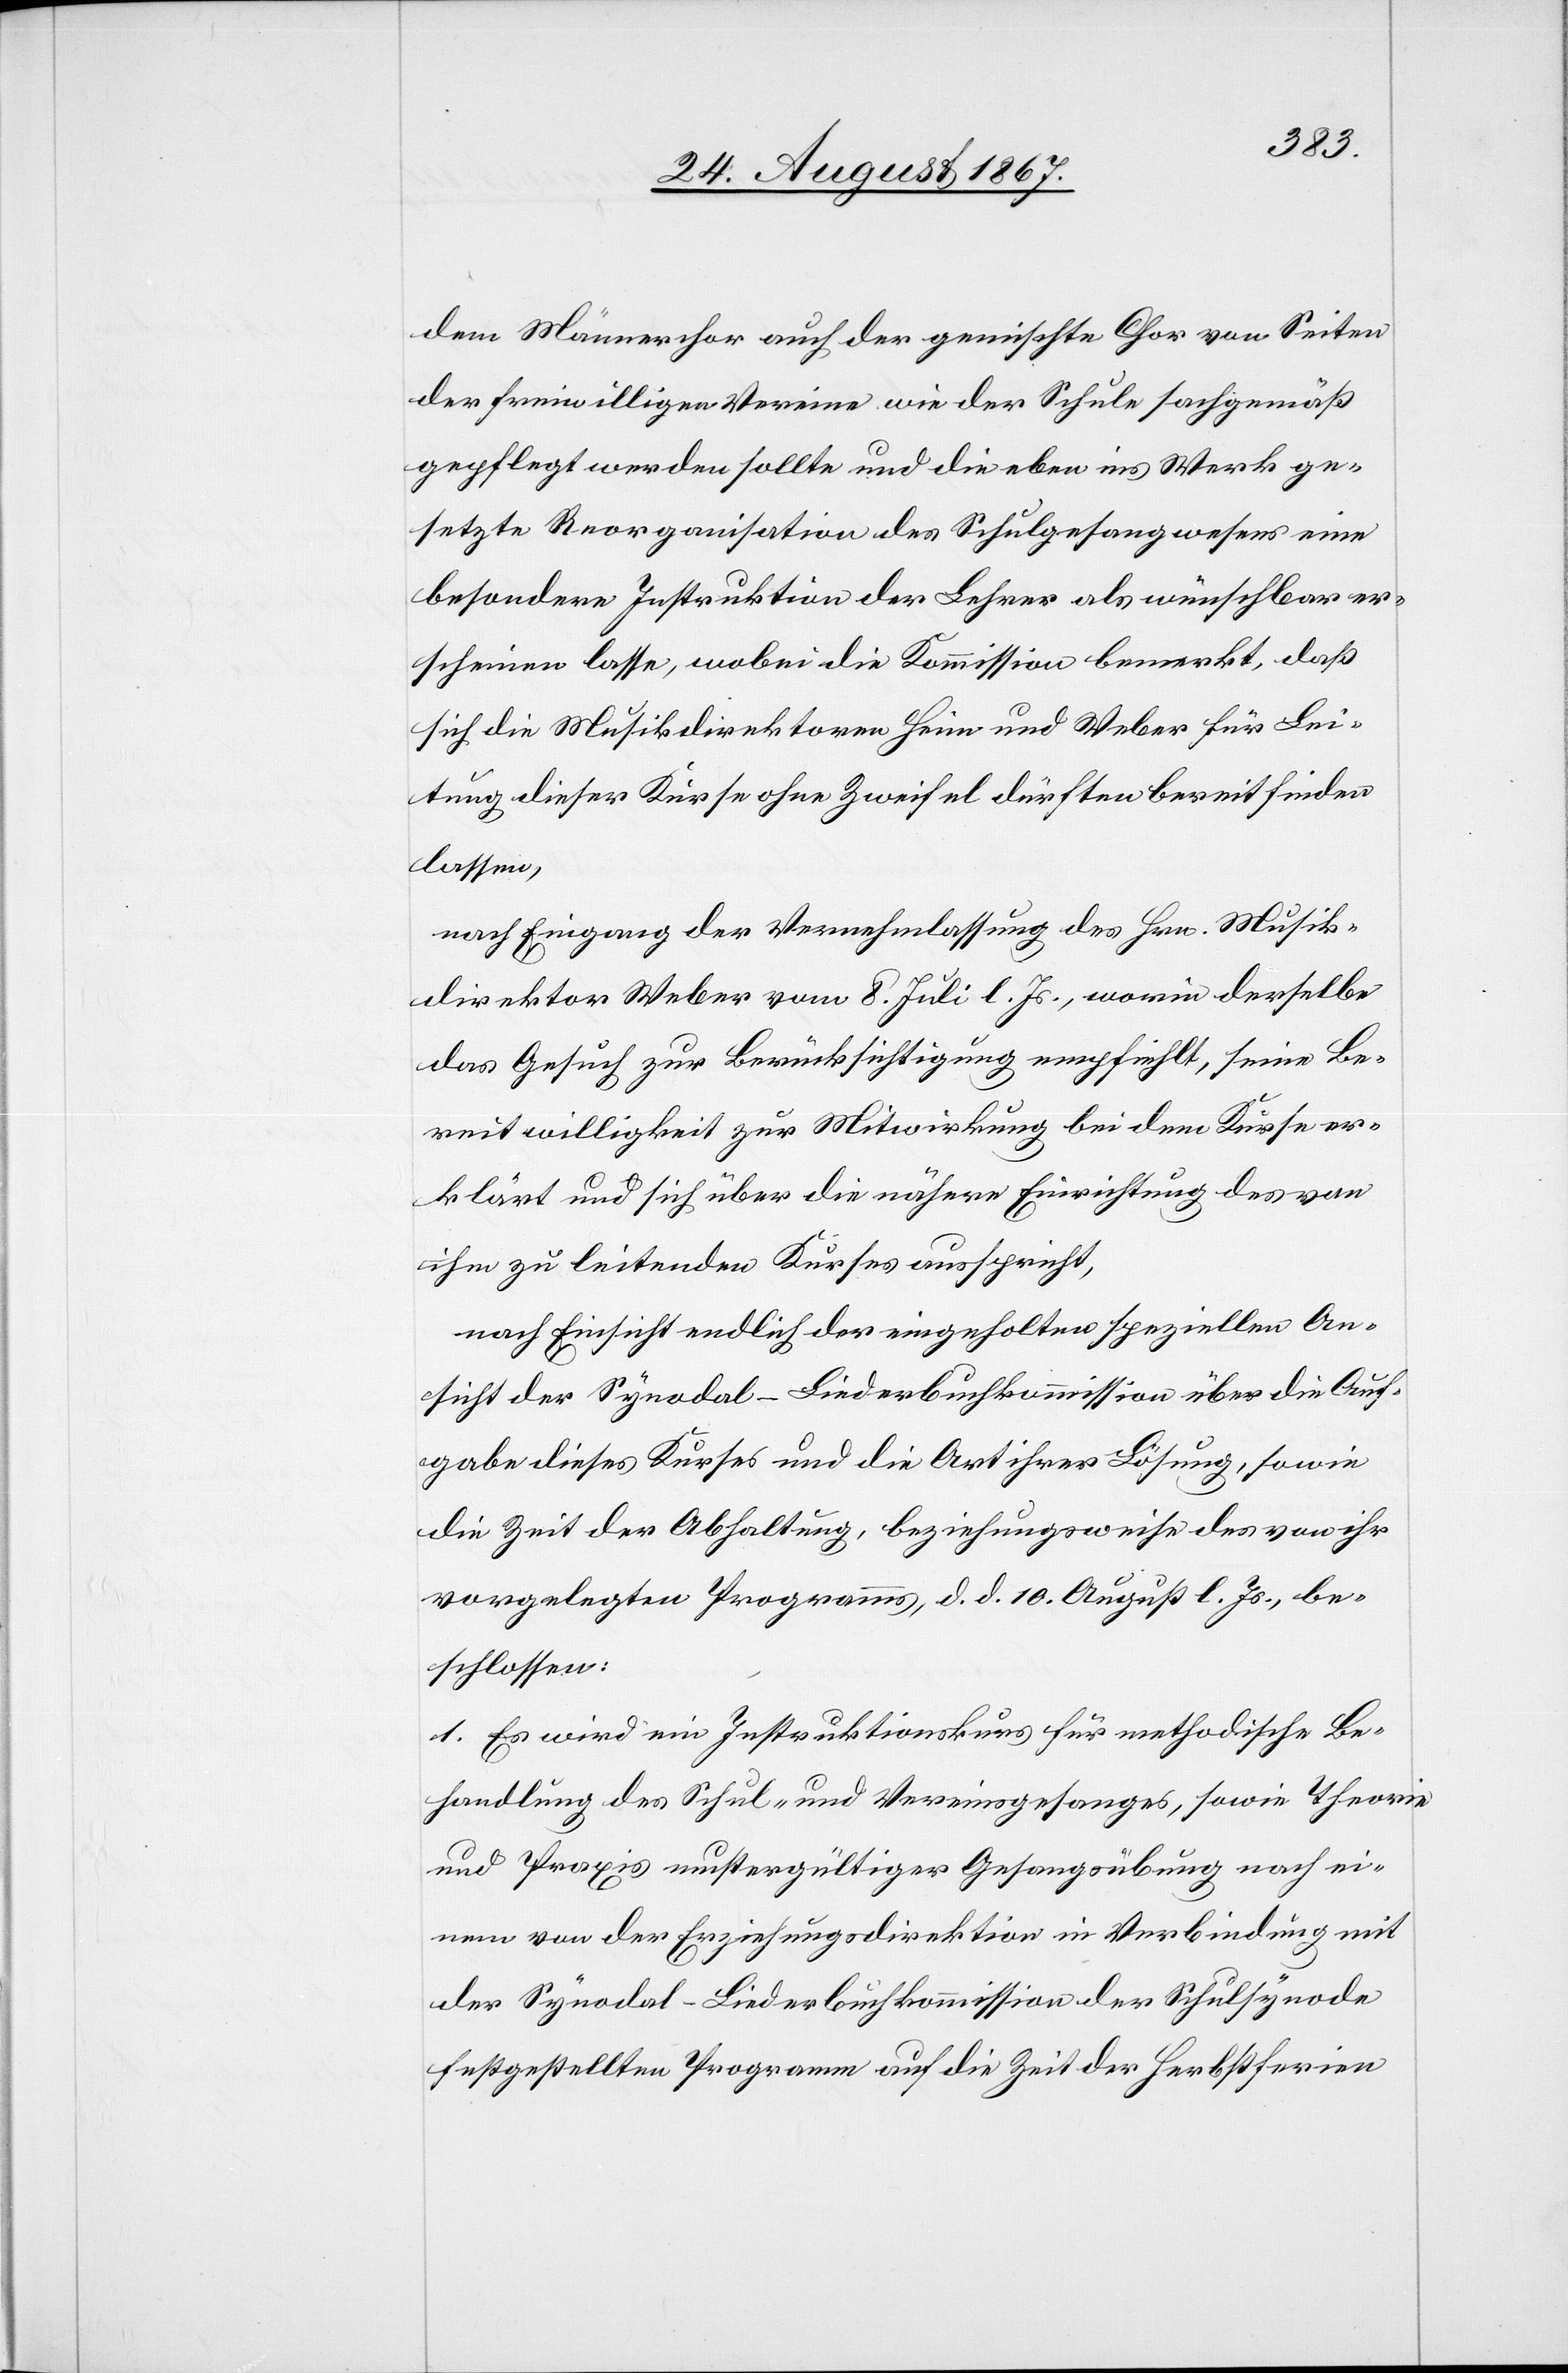
dem Männerchor auch der gemischte Chor von Seiten
der freiwilligen Vereine wie der Schule sachgemäß
gepflegt werden sollte und die eben ins Werk ge¬
setzte Reorganisation des Schulgesangwesens eine
besondere Instruktion der Lehrer als wünschbar er¬
scheinen lasse, wobei die Kommission bemerkt, daß
sich die Musikdirektoren Heim und Weber für Lei¬
tung dieser Kurse ohne Zweifel dürften bereit finden
lassen,
nach Eingang der Vernehmlassung des Hrn. Musik¬
direktor Weber vom 8. Juli l. Js., worin derselbe
das Gesuch zur Berücksichtigung empfiehlt, seine Be¬
reitwilligkeit zur Mitwirkung bei dem Kurse er¬
klärt und sich über die nähere Einrichtung des von
ihm zu leitenden Kurses ausspricht,
Ansicht der Synodal-Liederkommission über die Auf¬
gabe dieses Kurses und die Art ihrer Lösung, sowie
die Zeit der Abhaltung, beziehungsweise des von ihr
vorgelegten Programms, d d. 10. August. l. Js., be¬
schlossen:
1. Es wird ein Instruktionskurs für methodische Be¬
handlung des Schul- und Vereinsgesanges, sowie Theorie
und Praxis mustergültiger Gesangsübung nach ei¬
nem von der Erziehungsdirektion in Verbindung mit
der Synodal-Liederkommission der Schulsynode
festgestellten Programm auf die Zeit der Herbstferien